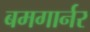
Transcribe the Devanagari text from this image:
बमगार्नर